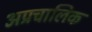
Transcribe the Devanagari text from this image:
अप्रचालिक